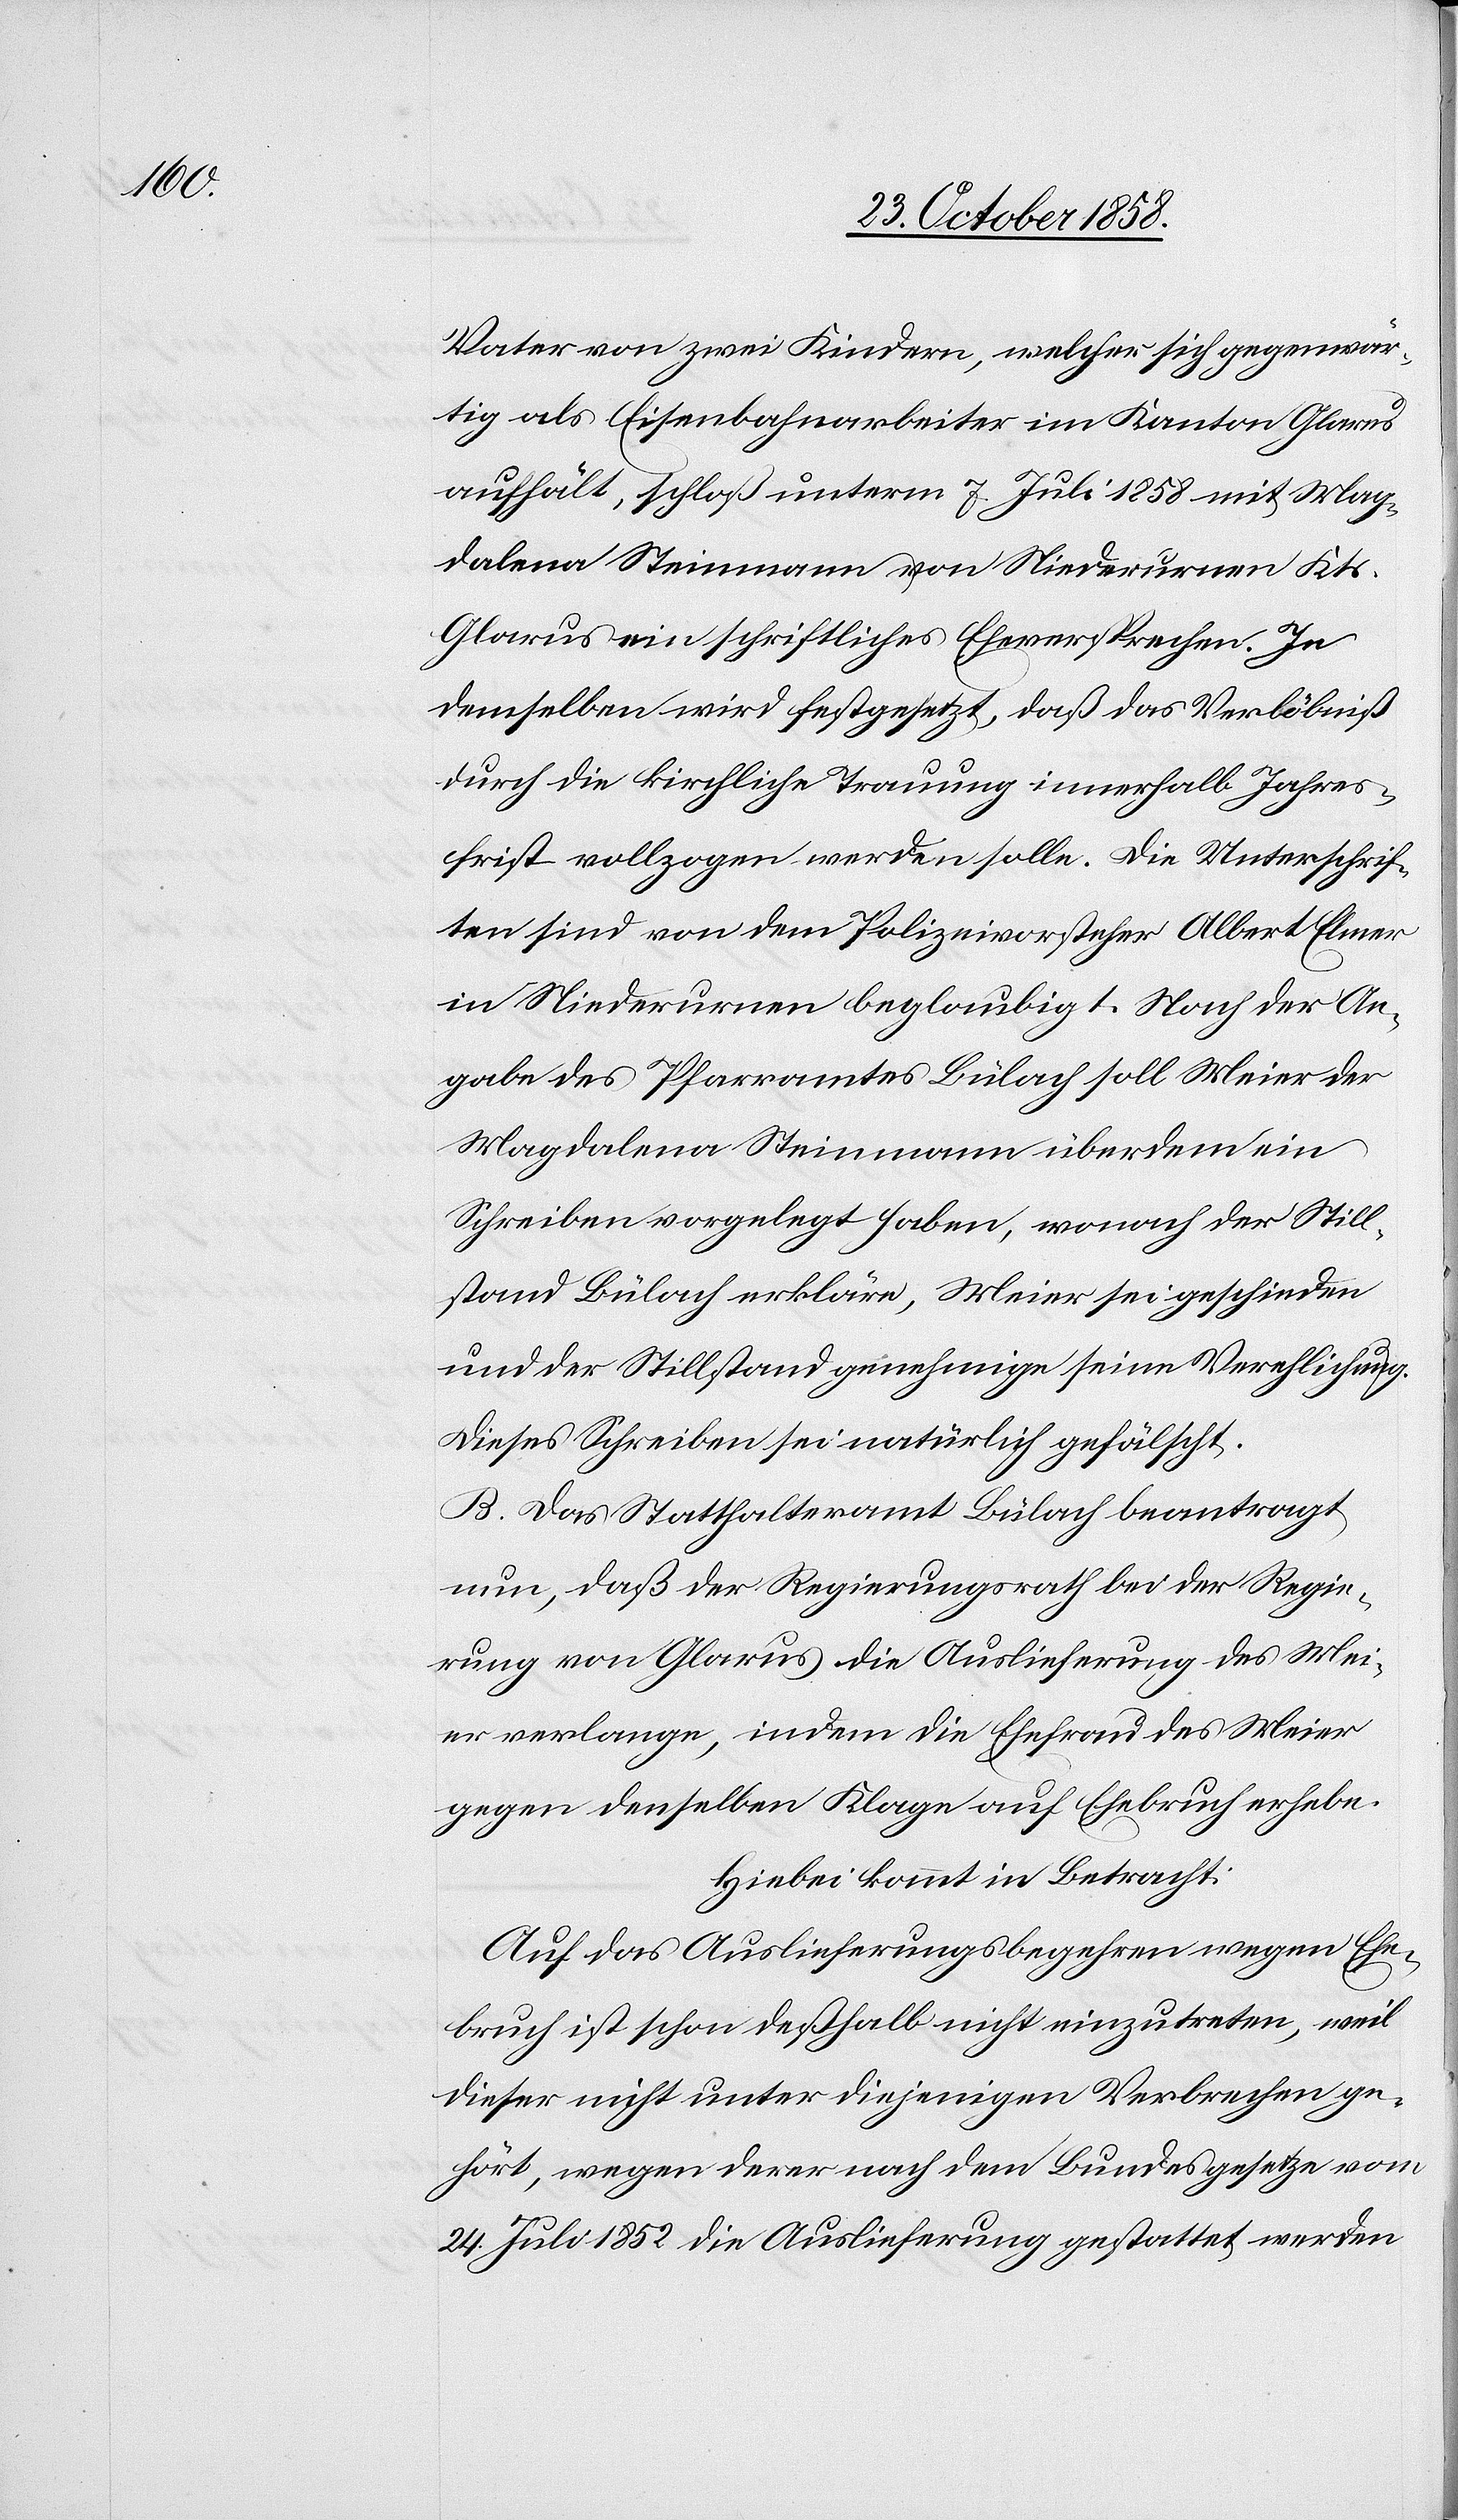
Vater von zwei Kindern, welcher sich gegenwär¬
tig als Eisenbahnarbeiter im Kanton Glarus
aufhält, schloß unterm 7. Juli 1858 mit Mag¬
dalena Steinmann von Niederurnen Kts.
Glarus ein schriftliches Eheversprechen. In
demselben wird festgesetzt, daß das Verlöbniß
durch die kirchliche Trauung innerhalb Jahres¬
frist vollzogen werden solle. Die Unterschrif¬
ten sind von dem Polizeivorsteher Albert Elmer
in Niederurnen beglaubigt. Nach der An¬
gabe des Pfarramtes Bülach soll Meier der
Magdalena Steinmann überdem ein
Schreiben vorgelegt haben, wonach der Still¬
stand Bülach erkläre, Meier sei geschieden
und der Stillstand genehmige seine Verehlichung.
Dieses Schreiben sei natürlich gefälscht.
B. Das Statthalteramt Bülach beantragt
nun, daß der Regierungsrath bei der Regie¬
rung von Glarus die Auslieferung des Mei¬
er verlange, indem die Ehefrau des Meier
gegen denselben Klage auf Ehebruch erhebe.
Hiebei kommt in Betracht:
Auf das Auslieferungsbegehren wegen Ehe¬
bruch ist schon deßhalb nicht einzutreten, weil
dieser nicht unter diejenigen Verbrechen ge¬
hört, wegen derer nach dem Bundesgesetze vom
24. Juli 1852 die Auslieferung gestattet werden